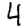
Digit: 4